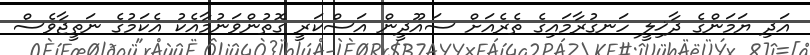
އަދި ޔަމަންގެ ދާޚިލީ ހަނގުރާމައިގެ ތެރެއަށް ސައޫދީން އަސްކަރީ ގޮތުންވަނުމާއެކު އެކަމުގެ ނަތީޖާވެސް